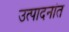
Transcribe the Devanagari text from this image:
उत्पादनांत